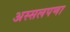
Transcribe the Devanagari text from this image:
अस्सलपणा